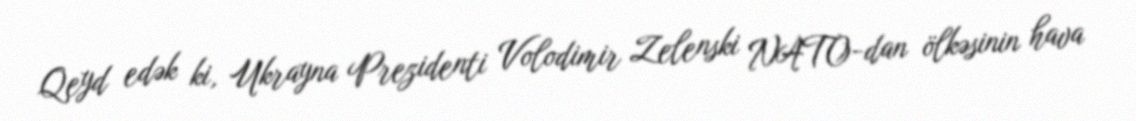
Qeyd edək ki, Ukrayna Prezidenti Volodimir Zelenski NATO-dan ölkəsinin hava